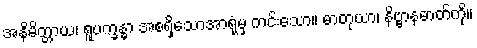
အနိမိတ္တာယ၊ ရူပက္ခန္ဓာ အစရှိသောအာရုံမှ ကင်းသော။ ဓာတုယာ၊ နိဗ္ဗာနဓာတ်ကို။